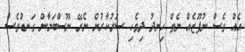
އެއް ވެސް ނުފޫޒެއް ނެތް ހިނދު ދިވެހި ސަރުކާރުން ނެރޭ ނޫސްބަޔާން ގަނޑުވެސް